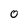
Character: 0